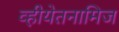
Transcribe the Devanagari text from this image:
व्हीयेतनामिज